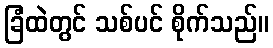
ခြံထဲတွင် သစ်ပင် စိုက်သည်။